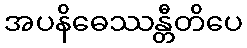
အပနိဓေဿန္တီတိပေ